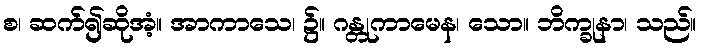
စ၊ ဆက်၍ဆိုအံ့။ အာကာသေ၊ ၌။ ဂန္တုကာမေန၊ သော။ ဘိက္ခုနာ၊ သည်။